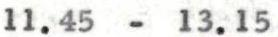
11.45 - 13.15